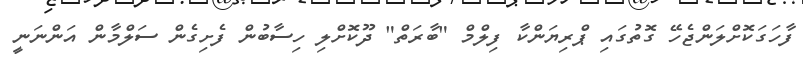
ފާހަގަކޮށްލަންޖެހޭ ގޮތުގައި ޕްރިޔަންކާ ފިލްމް "ބާރަތް" ދޫކޮށްލި ހިސާބުން ފެށިގެން ސަލްމާން އަންނަނީ